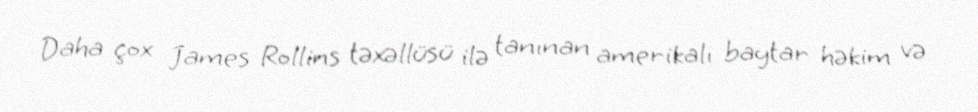
Daha çox James Rollins təxəllüsü ilə tanınan amerikalı baytar həkim və